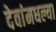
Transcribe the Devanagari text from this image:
देवांमधल्या